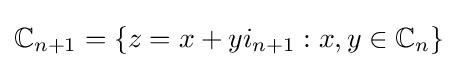
\mathbb {C} _{n+1}=\lbrace z=x+yi_{n+1}:x,y\in \mathbb {C} _{n}\rbrace